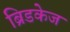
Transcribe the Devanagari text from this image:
ब्रिडकेज